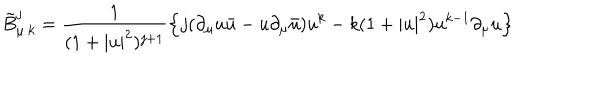
LaTeX: \tilde { B } _ { \mu : k } ^ { j } = \frac { 1 } { ( 1 + | u | ^ { 2 } ) ^ { j + 1 } } \left\{ j ( \partial _ { \mu } u \bar { u } - u \partial _ { \mu } \bar { u } ) u ^ { k } - k ( 1 + | u | ^ { 2 } ) u ^ { k - 1 } \partial _ { \mu } u \right\}